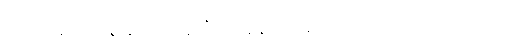
မေလ၁၉ရက်နေ့ နံနက် ၇နာရီခွဲအချိန်မှာ နေအိမ်ထဲထိ စစ်ကောင်စီအုပ်စုမှ